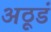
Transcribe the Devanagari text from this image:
अठूडं